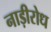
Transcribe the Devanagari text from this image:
नाड़ीरोध